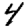
Digit: 4